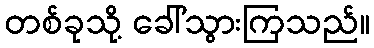
တစ်ခုသို့ ခေါ်သွားကြသည်။